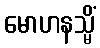
မောဟနသ္မိံ